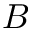
B